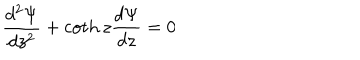
\frac { d ^ { 2 } \Psi } { d z ^ { 2 } } + \coth z \frac { d \Psi } { d z } = 0